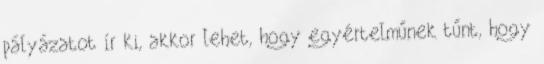
pályázatot ír ki, akkor lehet, hogy egyértelműnek tűnt, hogy